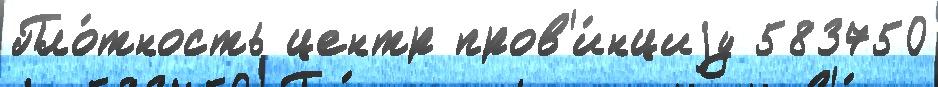
Пло́тность центр пров'и́нциjу 583750